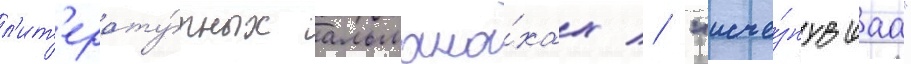
л'ит'ерату́рных альмана́хах // "исче́знувшаа"